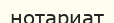
нотариат